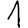
Digit: 1